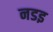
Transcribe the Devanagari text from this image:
नडइ